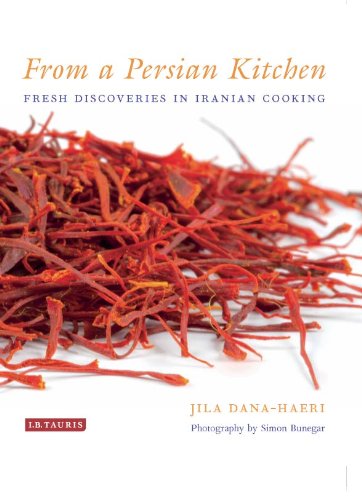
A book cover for From a Persian Kitchen: Fresh Discoveries in Iranian Cooking; Jila Dana-Haeri; Cookbooks, Food & Wine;